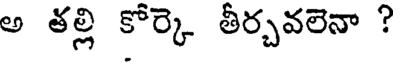
అ తల్లి కోర్కె తీర్చవలెనా ?